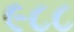
૯૮૮